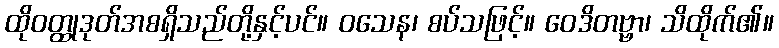
ထိုဝတ္ထုဒုတ်အစရှိသည်တို့နှင့်ပင်။ ဝသေန၊ စပ်သဖြင့်။ ဝေဒိတဗ္ဗာ၊ သိထိုက်၏။